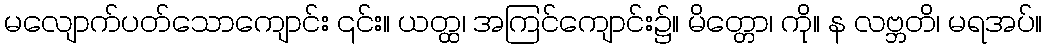
မလျောက်ပတ်သောကျောင်း ၎င်း။ ယတ္ထ၊ အကြင်ကျောင်း၌။ မိတ္တော၊ ကို။ န လဗ္ဘတိ၊ မရအပ်။